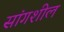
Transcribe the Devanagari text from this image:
सांगशील